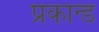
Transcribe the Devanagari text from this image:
प्रकान्ड